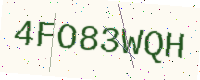
Text: 4FO83WQH